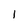
Character: 1